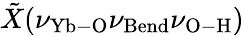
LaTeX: \tilde{X}(\nu_{\mathrm{Yb-O}}\nu_{\mathrm{Bend}}\nu_{\mathrm{O-H}})